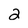
Character: 2